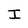
Character: I